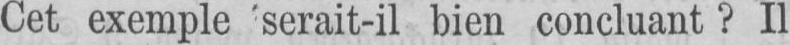
Cet exemple serait-il bien concluant? Il